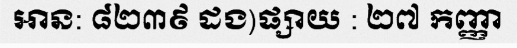
អាន: ៨២៣៩ ដង)ផ្សាយ : ២៧ កញ្ញា